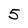
Character: 5